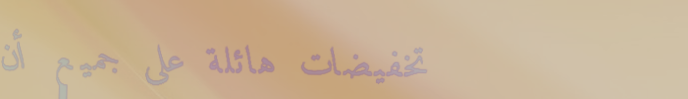
تخفيضات هائلة على جميع أن